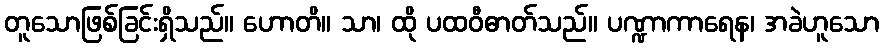
တူသောဖြစ်ခြင်းရှိသည်။ ဟောတိ။ သာ၊ ထို ပထဝီဓာတ်သည်။ ပဏ္ဍာကာရေန၊ အခဲဟူသော